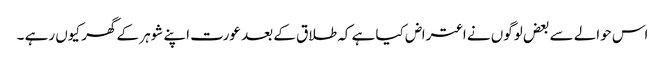
اس حوالے سے بعض لوگوں نے اعتراض کیا ہے کہ طلاق کے بعد عورت اپنے شوہر کے گھر کیوں رہے ۔